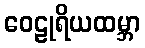
ဝေဠုရိယထမ္ဘာ